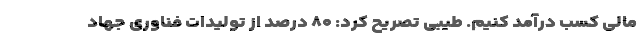
مالی کسب درآمد کنیم. طیبی تصریح کرد: ۸۰ درصد از تولیدات فناوری جهاد